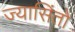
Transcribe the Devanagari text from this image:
ज्यासिंतो